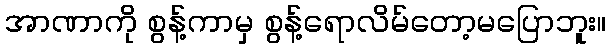
အာဏာကို စွန့်ကာမှ စွန့်ရောလိမ်တော့မပြောဘူး။